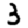
Digit: 3